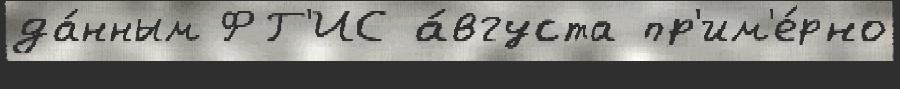
да́нным ФГ'ИС а́вгуста пр'им'е́рно